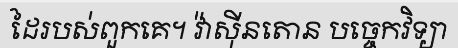
ដៃរបស់ពួកគេ។ វ៉ាស៊ីនតោន បច្ចេកវិទ្យា